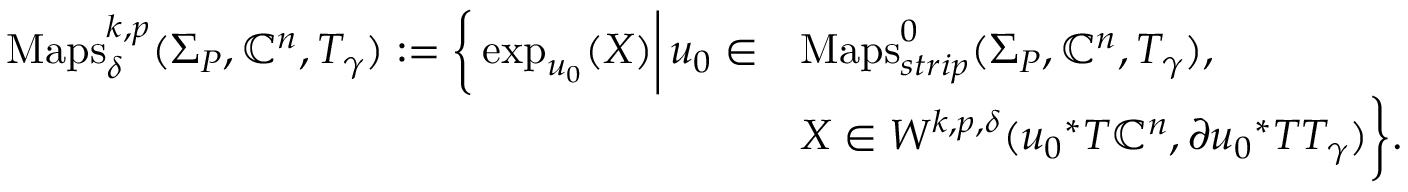
\begin{array} { r l } { \mathrm { M a p s } _ { \delta } ^ { k , p } ( \Sigma _ { P } , \mathbb { C } ^ { n } , T _ { \gamma } ) : = \bigg \{ \exp _ { u _ { 0 } } ( X ) \bigg | \, u _ { 0 } \in } & { \mathrm { M a p s } _ { s t r i p } ^ { 0 } ( \Sigma _ { P } , \mathbb { C } ^ { n } , T _ { \gamma } ) , \, \, } \\ & { X \in W ^ { k , p , \delta } ( { u _ { 0 } } ^ { * } T \mathbb { C } ^ { n } , \partial { u _ { 0 } } ^ { * } T T _ { \gamma } ) \bigg \} . } \end{array}